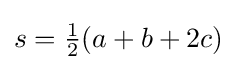
s={\tfrac {1}{2}}(a+b+2c)